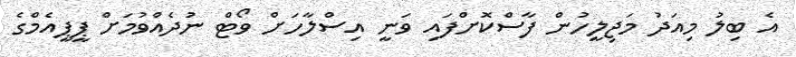
އެ ބިލު މިއަދު މަޖިލީހުން ފާސްކޮށްފައި ވަނީ އިސްލާހަށް ވޯޓް ނުދެއްވުމަށް ޕީޕީއެމްގެ